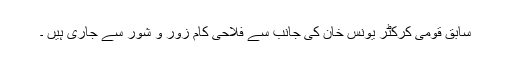
سابق قومی کرکٹر یونس خان کی جانب سے فلاحی کام زور و شور سے جاری ہیں ۔